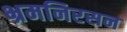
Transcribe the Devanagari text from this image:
भ्रमनिरसन